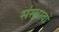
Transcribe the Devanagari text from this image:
संस्थावों